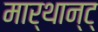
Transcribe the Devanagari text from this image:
मार्थान्ट्